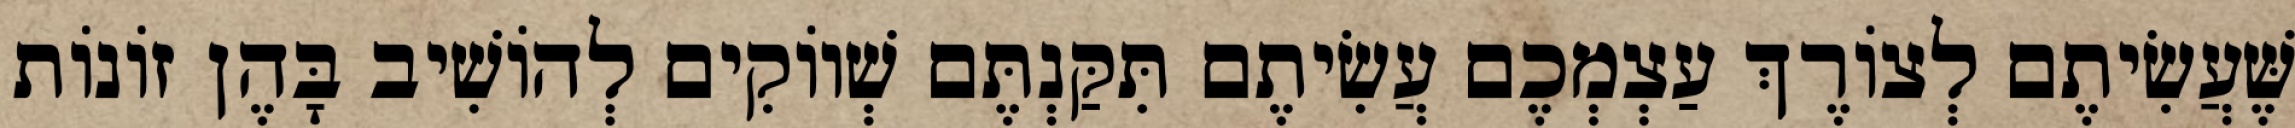
שֶּׁעֲשִׂיתֶם לְצוֹרֶךְ עַצְמְכֶם עֲשִׂיתֶם תִּקַּנְתֶּם שְׁווֹקִים לְהוֹשִׁיב בָּהֶן זוֹנוֹת